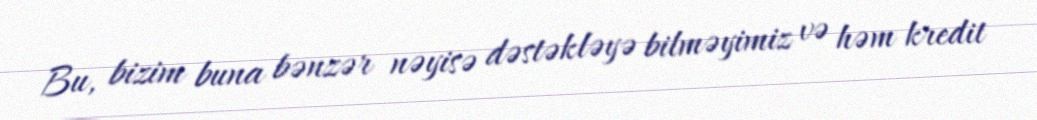
Bu, bizim buna bənzər nəyisə dəstəkləyə bilməyimiz və həm kredit